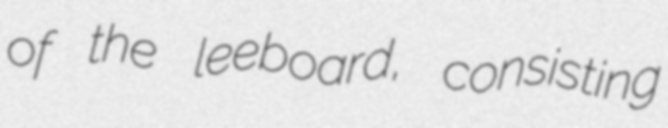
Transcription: of the leeboard, consisting